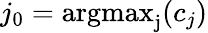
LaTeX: j_{0}=\mathrm{argmax_{j}}(c_{j})